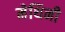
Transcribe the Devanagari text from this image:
मेथिनी